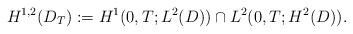
LaTeX: \begin{align*} H^{1,2}(D_T):= H^1(0,T;L^2(D))\cap L^2(0,T;H^2(D)).\end{align*}